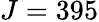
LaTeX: J=395